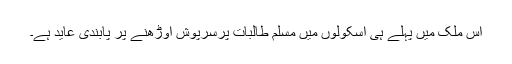
اس ملک میں پہلے ہی اسکولوں میں مسلم طالبات پرسرپوش اوڑھنے پر پابندی عاید ہے۔